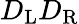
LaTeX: D_{\mathrm{{L}}}D_{\mathrm{{R}}}